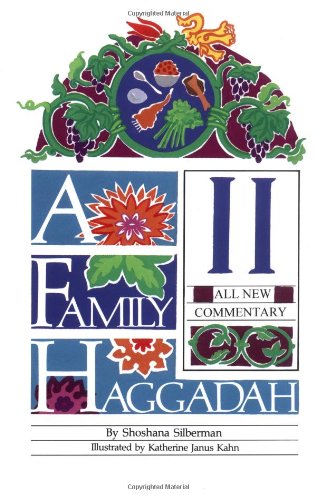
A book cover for A Family Haggadah II; Shoshana Silberman; Religion & Spirituality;